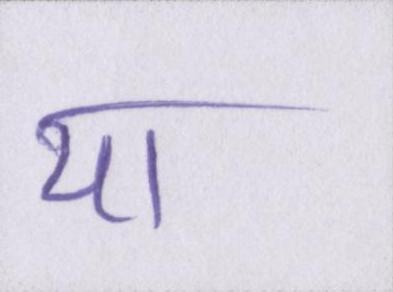
या